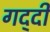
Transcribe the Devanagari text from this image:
गद्‍दी